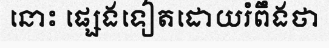
នោះ ផ្សេងទៀតដោយរំពឹងថា